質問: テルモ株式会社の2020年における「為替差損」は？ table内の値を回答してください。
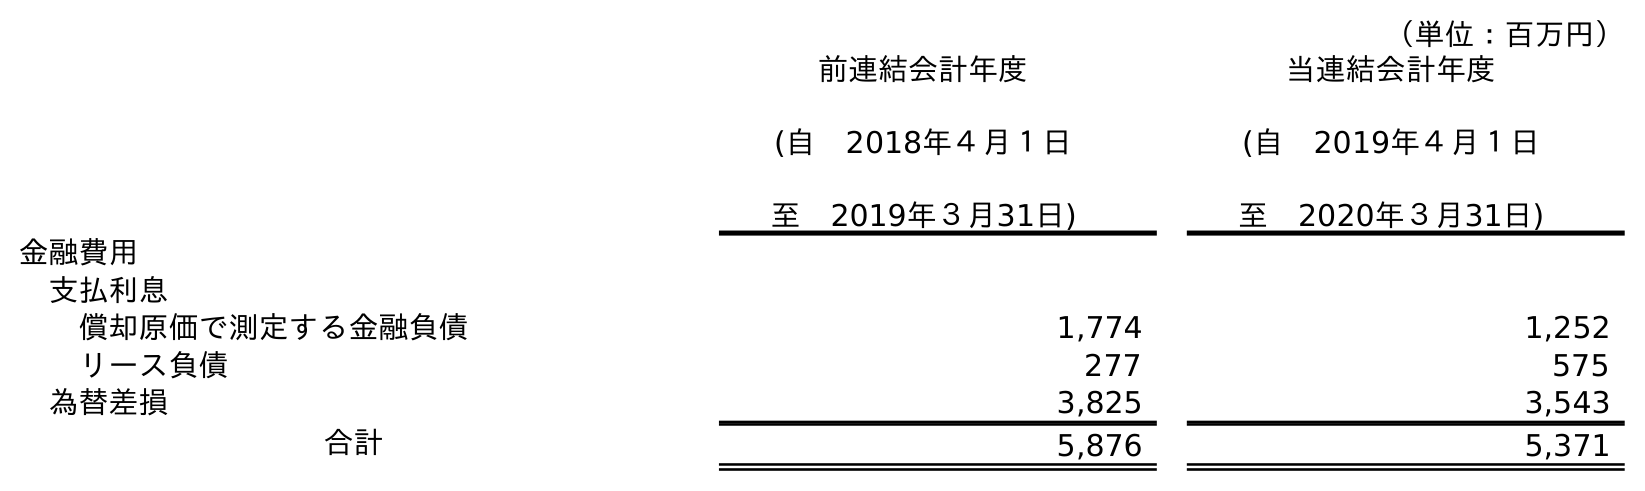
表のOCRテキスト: （単位：百万円） 前連結会計年度 (自 2018年４月１日 至 2019年３月31日) 当連結会計年度 (自 2019年４月１日 至 2020年３月31日) 金融費用 支払利息 償却原価で測定する金融負債 1,774 1,252 リース負債 277 575 為替差損 3,825 3,543 合計 5,876 5,371
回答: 3,543